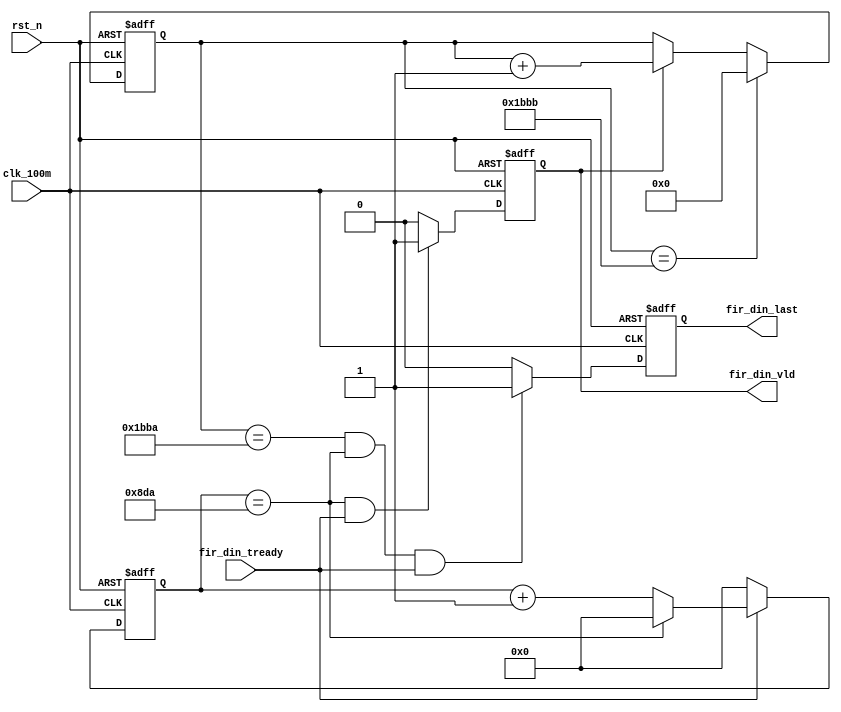
`timescale 1ns / 1ps
//////////////////////////////////////////////////////////////////////////////////
// Company: 
// Engineer: 
// 
// Design Name: 
// Module Name: Fir_Dec2
// Project Name: 
// Target Devices: 
// Tool Versions: 
// Description: 
// 
// Dependencies: 
// 
// Revision:
// Revision 0.01 - File Created
// Additional Comments:
// 
//////////////////////////////////////////////////////////////////////////////////


module Fir_Ctrl(
    input           clk_100m,                  //FPGA--100Mhz
    input           rst_n,
    //input from fir
    input           fir_din_tready,
    //output to fir
    output          fir_din_vld,
    output          fir_din_last
);
   
    parameter         INPUT_DATA_RATE = 12'd2267;       //2267100mhz
    parameter         INPUT_DATA_NUM  = 18'd7100;      //71000last

    //__________________________________clk_cnt_______________________________________
    reg [12:0] clk_cnt;
    always@(posedge clk_100m or negedge rst_n)
    begin
        if(!rst_n)                                       clk_cnt <= 12'b0;
        else if (fir_din_tready == 1'b1)
        begin
            if(clk_cnt == (INPUT_DATA_RATE - 1))         clk_cnt <= 12'b0;
            else                                         clk_cnt <= clk_cnt + 1'b1;
        end 
        else                                             clk_cnt <= 12'b0;
    end
    //_____________________________________valid_______________________________________
    //100MHZ  2267clk  44.111khz
    reg       fir_din_vld_reg;
    always@(posedge clk_100m or negedge rst_n)
    begin
        if(!rst_n)                                                               fir_din_vld_reg <= 1'b0;
        else if (clk_cnt == (INPUT_DATA_RATE - 1) && fir_din_tready == 1'b1)     fir_din_vld_reg <= 1'b1;
        else                                                                     fir_din_vld_reg <= 1'b0;
    end
    
    //_____________________________________valid_cnt_______________________________________
    //44100 * 2267 =  99 974 700
    //1.61 * 44100  71000   44100hz1.61s
    //2^18 = 131 072
    reg [17:0] clk_valid_cnt;
    always@(posedge clk_100m or negedge rst_n)
    begin
        if(!rst_n)                                          clk_valid_cnt <= 1'b0;
        else if(clk_valid_cnt == (INPUT_DATA_NUM - 1))      clk_valid_cnt <= 1'b0;
        else if(fir_din_vld == 1'b1)                        clk_valid_cnt <= clk_valid_cnt + 1'b1;
        else                                                clk_valid_cnt <= clk_valid_cnt;
    end
    //_____________________________________last____________________________________________
    reg fir_din_last_reg;
    always@(posedge clk_100m or negedge rst_n)
    begin
        if(!rst_n)                                                                                                          fir_din_last_reg <= 1'b0;
        else if (clk_valid_cnt == (INPUT_DATA_NUM - 2) && clk_cnt == (INPUT_DATA_RATE - 1) && fir_din_tready == 1'b1)       fir_din_last_reg <= 1'b1;
        else                                                                                                                fir_din_last_reg <= 1'b0;
    end
    //_____________________________________last____________________________________________
    assign fir_din_vld = fir_din_vld_reg;
    assign fir_din_last = fir_din_last_reg;
    
endmodule